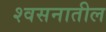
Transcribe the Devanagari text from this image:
श्वसनातील